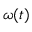
\omega ( t )